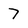
Character: 7